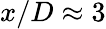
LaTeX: x/D\approx 3